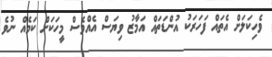
ވެހިކަލަށް އެތައް ފަހަރަކު އުންޑަތައް އަމާޒު ވިޔަސް އެއްވެސް މީހަކަށް ކަމެެއް ނުވެ